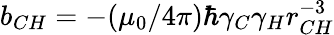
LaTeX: b_{CH}=-(\mu_{0}/4\pi)\hbar\gamma_{C}\gamma_{H}r_{CH}^{-3}